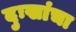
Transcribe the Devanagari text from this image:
दुःखांचा